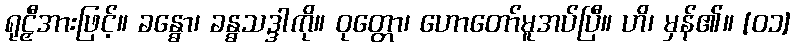
ရုဠှီအားဖြင့်။ ခန္ဓော၊ ခန္ဓသဒ္ဒါကို။ ဝုတ္တော၊ ဟောတော်မူအပ်ပြီ။ ဟိ၊ မှန်၏။ [၀၁]